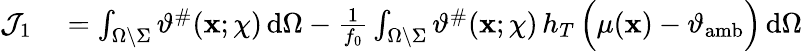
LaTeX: \begin{array}{rl}{\mathcal{J}_{1}}&{{}=\int_{\Omega\setminus\Sigma}\vartheta^{\# }(\mathbf{x};\chi)\, \mathrm{d}\Omega-\frac{1}{f_{0}}\int_{\Omega\setminus\Sigma}\vartheta^{\# }(\mathbf{x};\chi)\, h_{T}\, \Big(\mu(\mathbf{x})-\vartheta_{\mathrm{amb}}\Big)\, \mathrm{d}\Omega}\end{array}